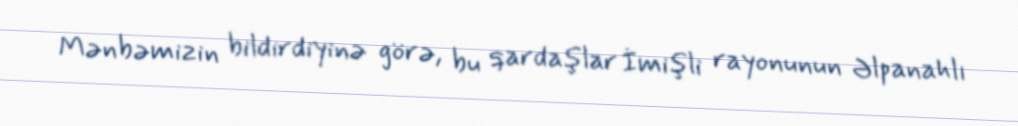
Mənbəmizin bildirdiyinə görə, bu qardaşlar İmişli rayonunun Əlpanahlı